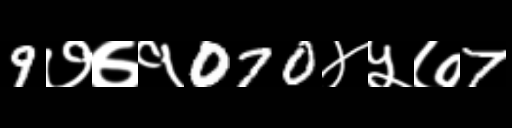
Text: 9७७१070४५७7